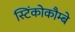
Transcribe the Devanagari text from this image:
स्टिंकोकौम्बे